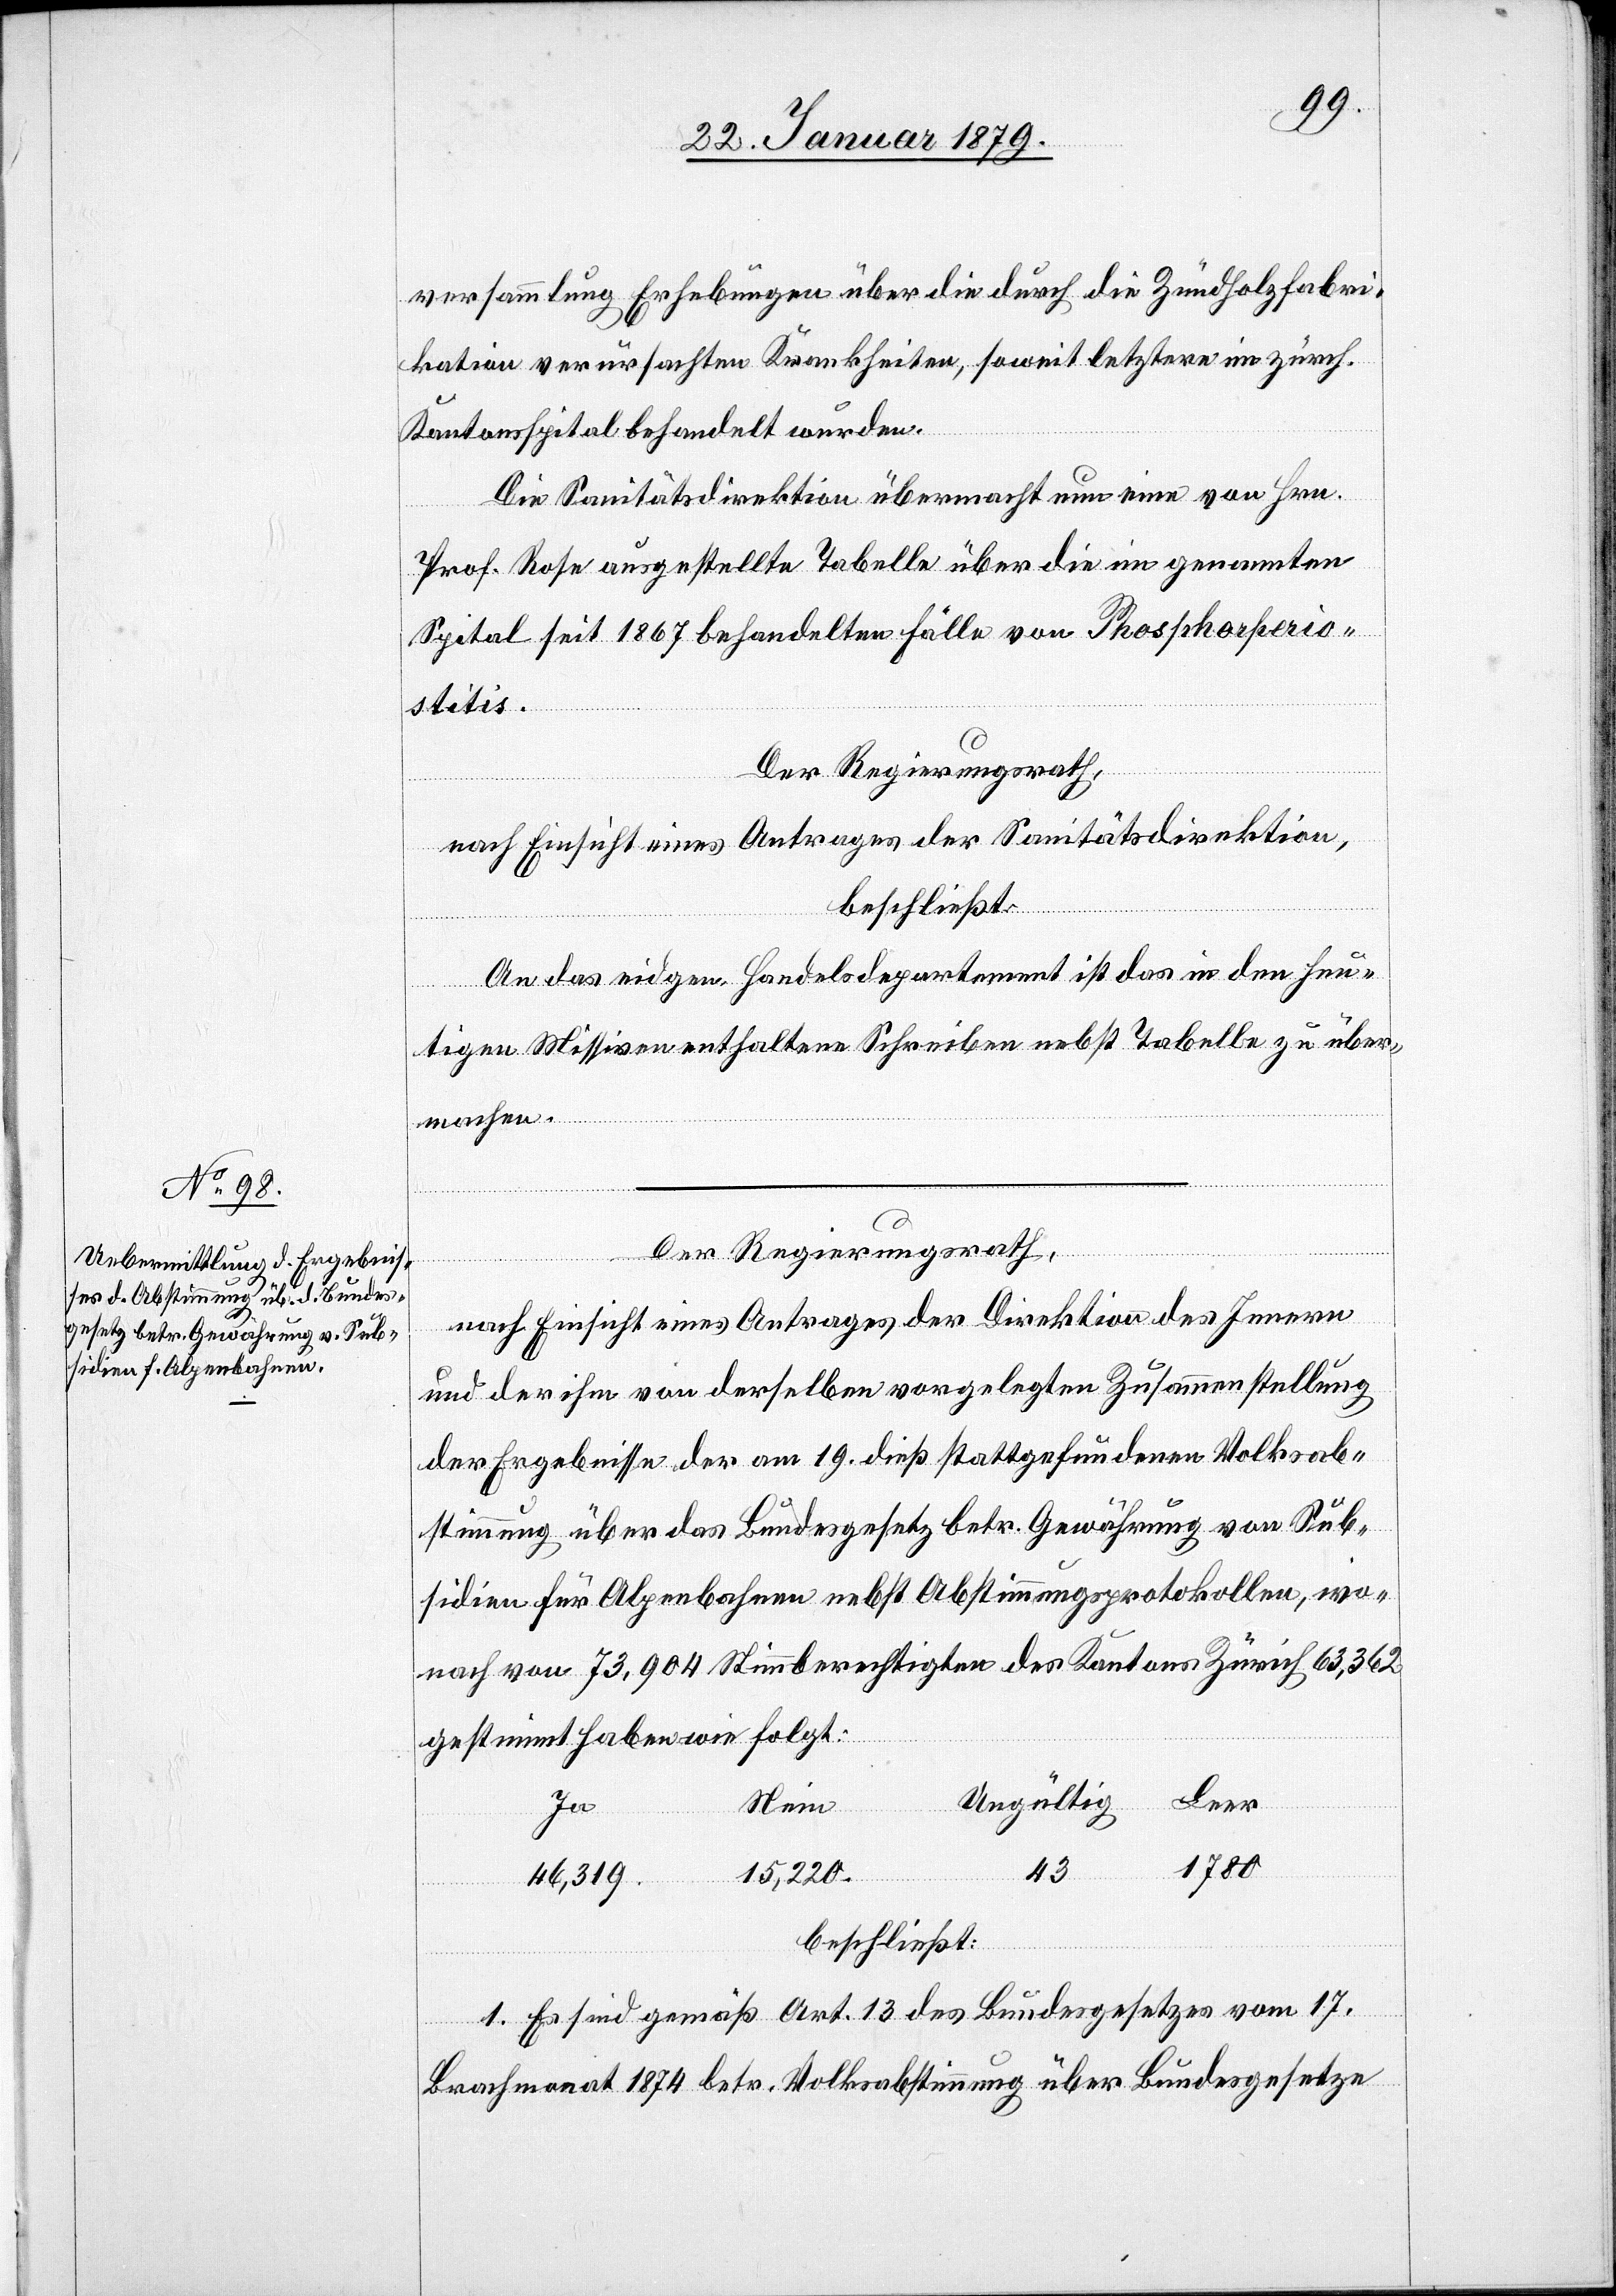
versammlung Erhebungen über die durch die Zündholzfabri¬
kation verursachten Krankheiten, soweit letztere im zürch.
Kantonsspital behandelt wurden.
Die Sanitätsdirektion übermacht nun eine von Hrn.
Prof. Rose ausgestellte Tabelle über die im genannten
Spital seit 1867 behandelten Fälle von Phosphorperio¬
stitis.
Der Regierungsrath,
nach Einsicht eines Antrages der Sanitätsdirektion,
beschließt:
An das eidgen. Handelsdepartement ist das in den heu¬
tigen Missiven enthaltene Schreiben nebst Tabelle zu über¬
machen.
Der Regierungsrath,
nach Einsicht eines Antrages der Direktion des Innern
und der ihm von derselben vorgelegten Zusammenstellung
der Ergebnisse der am 19. dieß stattgefundenen Volksab¬
stimmung über das Bundesgesetz betr. Gewährung von Sub¬
sidien für Alpenbahnen nebst Abstimmungsprotokollen, wo¬
nach von 73,904 Stimmberechtigten des Kantons Zürich 63,362
gestimmt haben wie folgt:
Leer
Ungültig
Ja
Nein
1780
43
15,220
46,319
beschließt:
1. Es sind gemäß Art. 13 des Bundesgesetzes vom 17.
Brachmonat 1874 betr. Volksabstimmung über Bundesgesetze